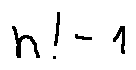
n ! - 1